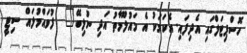
ހޮސްޕިޓަލްގައި އެދިފައި. އެކަމަކު އެ މައުލޫމާތު އަދި ނުލިބޭ"  ފުވައްމުލައް ސިޓީ